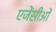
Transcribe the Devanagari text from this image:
एजेंसीओं